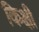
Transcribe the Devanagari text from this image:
किक्षी